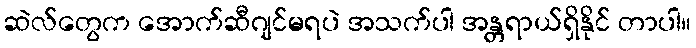
ဆဲလ်တွေက အောက်ဆီဂျင်မရပဲ အသက်ပါ အန္တရာယ်ရှိနိုင် တာပါ။